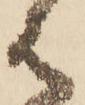
は